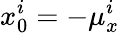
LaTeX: x_{0}^{i}=-\mu_{x}^{i}